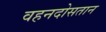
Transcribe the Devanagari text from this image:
वहनदोसतान